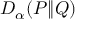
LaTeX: D _ { \alpha } ( P \| Q )